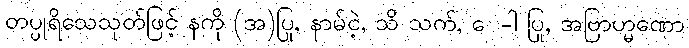
တပ္ပုရိသေသုတ်ဖြင့် နကို (အ)ပြု, နာမ်ငဲ့, သိ သက်, ေ-ါ ပြု, အဗြာဟ္မဏော